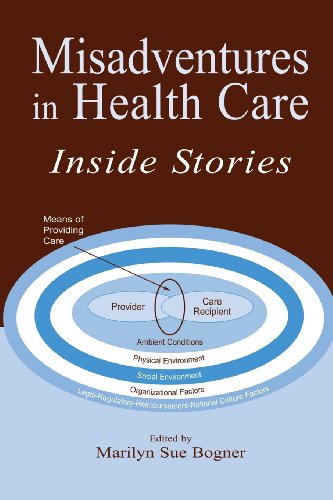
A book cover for Misadventures in Health Care: Inside Stories (Human Error and Safety); Marilyn Sue Bogner; Medical Books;